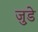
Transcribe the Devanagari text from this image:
जु़डे